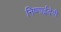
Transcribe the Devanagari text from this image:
निष्णाईदेवी